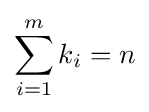
\sum _{i=1}^{m}k_{i}=n